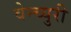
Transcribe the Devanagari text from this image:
वेन्च्युरी